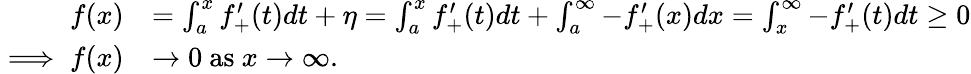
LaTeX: \begin{array}{rl}{f(x)}&{=\int_{a}^{x}f_{+}^{\prime}(t)dt+\eta=\int_{a}^{x}f_{+}^{\prime}(t)dt+\int_{a}^{\infty}-f_{+}^{\prime}(x)dx=\int_{x}^{\infty}-f_{+}^{\prime}(t)dt\geq 0}\\ {\implies f(x)}&{\rightarrow 0\ \mathrm{as}\ x\rightarrow\infty.}\end{array}